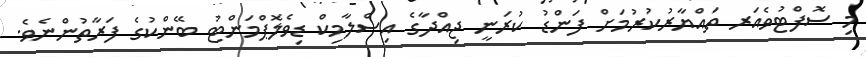
މި ސޮފްޓުވެއަރ ތައްޔާރުކުރުމަށް ފަންޑު ކުރަނީ ޖިއްދާގެ އިސްލާމިކް ޑިވެލޮޕްމަންޓު ބޭންކުގެ ފަރާތުންނެވެ.